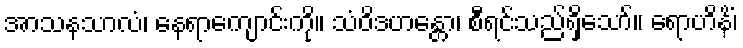
အာသနသာလံ၊ နေရာကျောင်းကို။ သံဝိဒဟန္တော၊ စီရင်သည်ရှိသော်။ ရောဟိနိံ၊